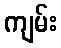
ကျမ်း